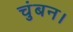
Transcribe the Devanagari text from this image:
चुंबन।